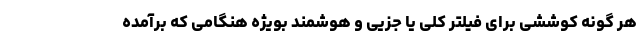
هر گونه کوششی برای فیلتر کلی یا جزیی و هوشمند بویژه هنگامی که برآمده